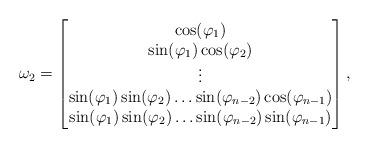
LaTeX: \begin{align*}\omega_2 = \left[\begin{matrix}\cos(\varphi_1)\\\sin(\varphi_1) \cos(\varphi_2)\\\vdots\\\sin(\varphi_1) \sin(\varphi_2) \ldots \sin(\varphi_{n-2}) \cos(\varphi_{n-1})\\\sin(\varphi_1) \sin(\varphi_2) \ldots\sin(\varphi_{n-2}) \sin(\varphi_{n-1})\end{matrix}\right] ,\end{align*}